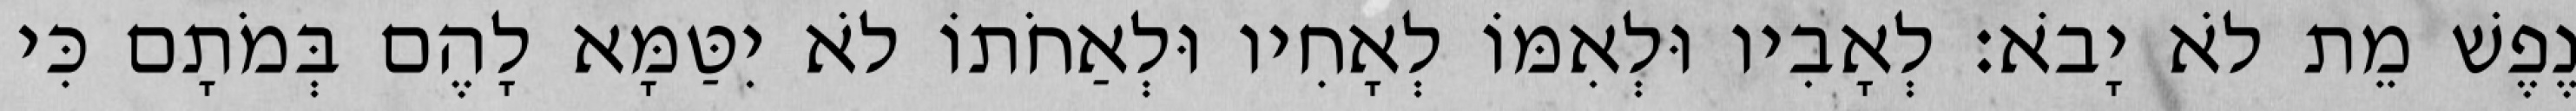
נֶפֶשׁ מֵת לֹא יָבֹא׃ לְאָבִיו וּלְאִמּוֹ לְאָחִיו וּלְאַחֹתוֹ לֹא יִטַּמָּא לָהֶם בְּמֹתָם כִּי